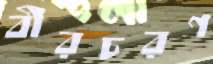
বীরচরণ